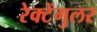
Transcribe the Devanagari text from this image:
रेक्टेंगुलर